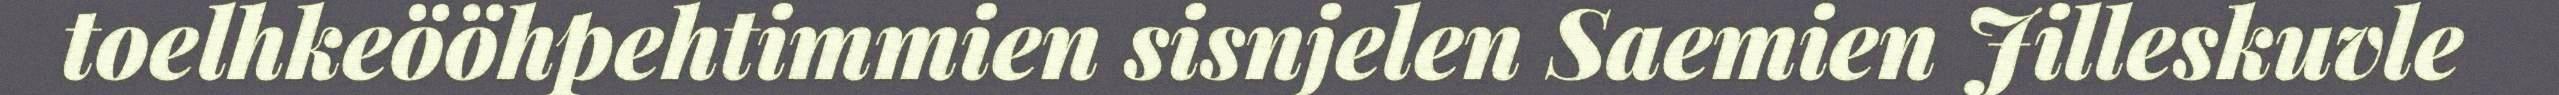
toelhkeööhpehtimmien sisnjelen Saemien Jilleskuvle